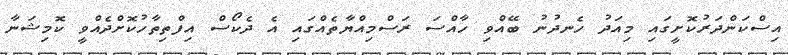
އިސްކަންދަރުކޮށީގައި މިއަދު ހެނދުނު ބޭއްވި ހާއްސަ ރަސްމިއްޔާތެއްގައި އެ ދެކޯސް އިފްތިތާހުކޮށްދެއްވީ ކޮމިޝަނާ